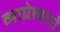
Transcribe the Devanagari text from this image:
व्याघ्रेश्वराचे